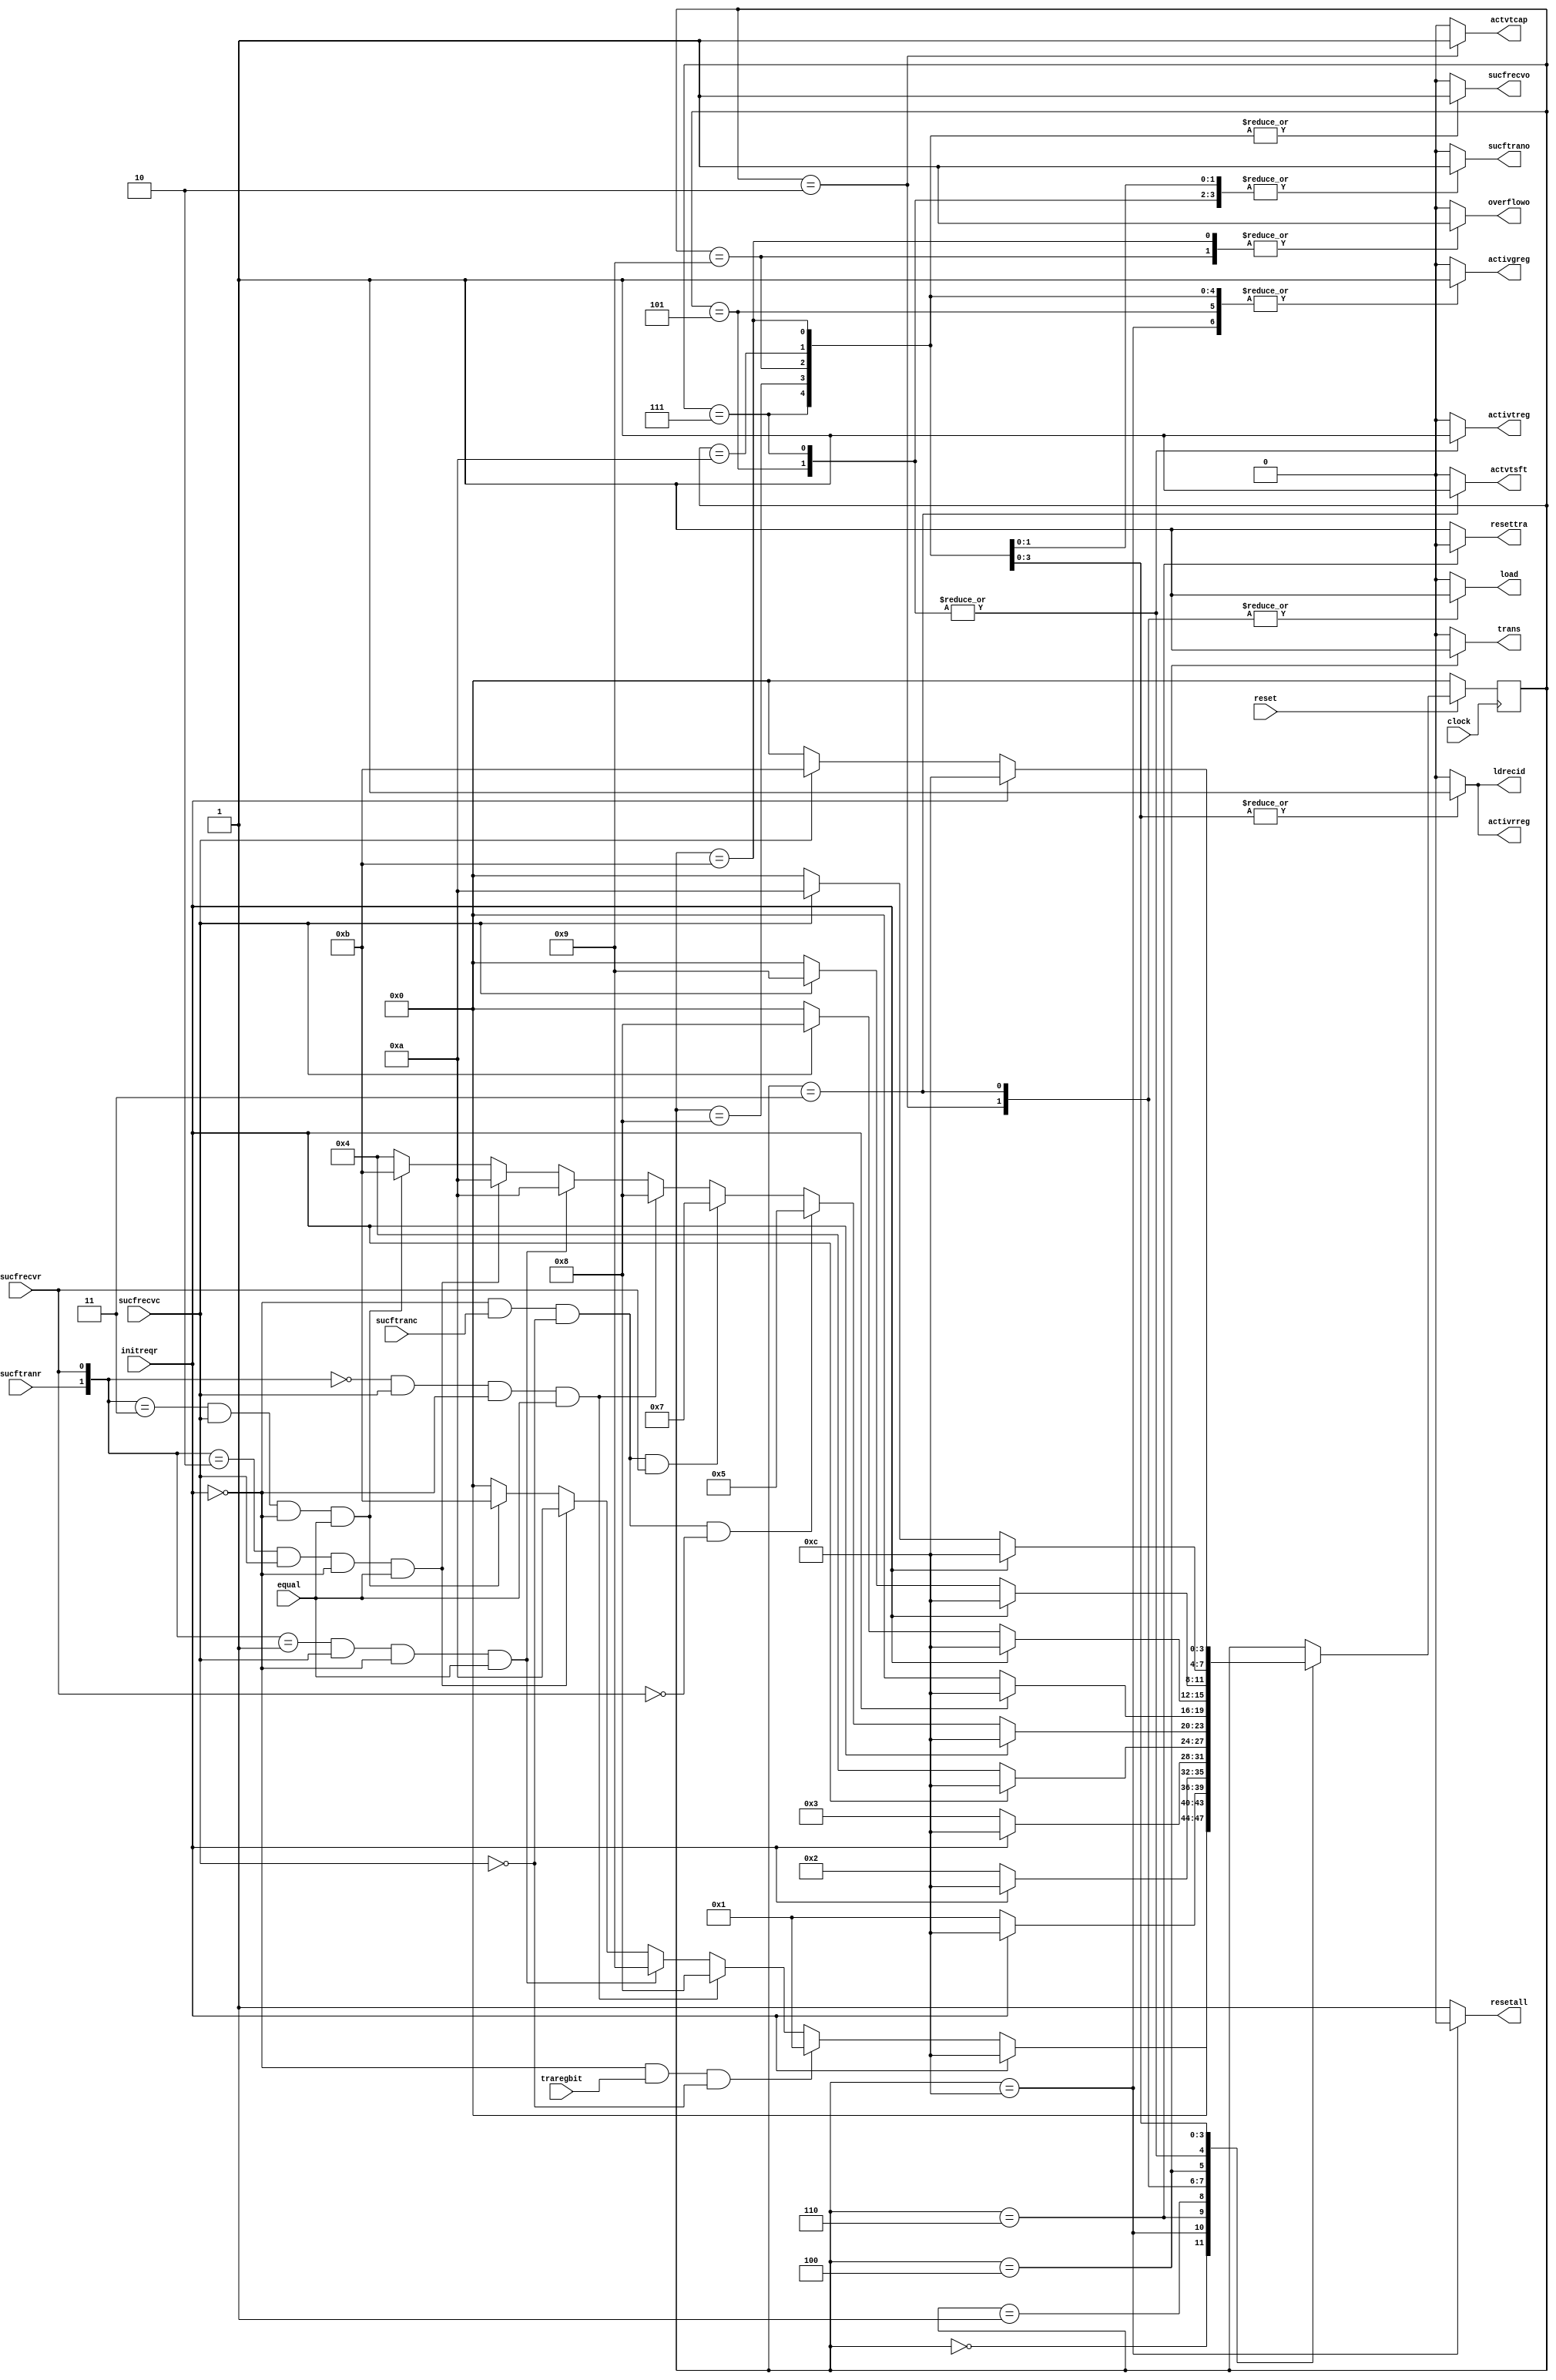
////////////////////////////////////////////////////////////////////////////////////////////////////
//
// Interessengruppe fuer Mikroelektronik und Eingebettete Systeme (IMES)
// Fachhochschule Dortmund
//
// Tool         : Mentor Graphics HDL Designer(TM) 2015.1b (Build 4)
// Description  : LLC- FSM
// Commentary   : neu: Promiscuous Mode: Vergleich skippen und ID ins rarbit Register schreiben. 
//                Der Zustand trareset wird im Originalmodul (VHDL) niemals betreten und daher 
//                auskommentiert.
//
// Changelog:
// -------------------------------------------------------------------------------------------------
// Version | Author             | Date       | Changes
// -------------------------------------------------------------------------------------------------
// 0.9     | Leduc              | 08.04.2019 | created
// -------------------------------------------------------------------------------------------------
// 0.91    | Leduc              | 09.04.2019 | Removed FSM state trareset and adjusted state coding.
//         |                    |            | Removed sucftranr from sensitivity list.
// -------------------------------------------------------------------------------------------------
//
////////////////////////////////////////////////////////////////////////////////////////////////////

//`resetall
//`timescale 1ns/10ps
//`default_nettype none

module llc_fsm2 (
  input wire  clock,
  input wire  reset, 
  input wire  initreqr,    // CPU signalises the reset / initialisation of the CAN Controller
  input wire  traregbit,   // bit indicating data for transmission 
  input wire  sucfrecvc,   // mac unit indicates the succesful reception of a message
  input wire  sucftranc,   // mac unit indicates the succesful transmission of a message
  input wire  sucfrecvr,   // general register bit
  input wire  sucftranr,   // general register bit
  input wire  equal,       // abhngig von extended, empfangene und --gespeicherte id gleich
//input wire  promiscous,  // Promiscous MOde (aus rec-ctrl. reg.)
  output reg  activtreg,   // enables writing to the transmission register
  output wire activrreg,   // enables writing to the reception register
  output reg  activgreg,   // enables writing to the general register
  output wire ldrecid,     // rec_id ins rec_arbitreg laden
  output reg  sucftrano,   // sets the suctran bit in the general register
  output reg  sucfrecvo,   // sets the sucrecv bit in the general register
  output reg  overflowo,   // sets the overflow bit in the reception register
  output reg  trans,       // signalises the wish of the CPU to send a message
  output reg  load,        // enables loading of the shift register
  output reg  actvtsft,    // activates the shift register
  output reg  actvtcap,    // activates the encapsulation entity 
  output reg  resettra,    // resets the transmission entities
  output reg  resetall     // full can reset  
);

//tmrg default triplicate
//tmrg tmr_error false

localparam  waitoact    = 4'b0000, 
            tradrvdat   = 4'b0001, 
            traruncap   = 4'b0010, 
            tralodsft   = 4'b0011, 
            trawtosuc   = 4'b0100, 
            trasetvall  = 4'b0101, 
            trareset    = 4'b0110,  // FSM state removed and coding adjusted
            trasetvalh  = 4'b0111, 
            recwrtmesll = 4'b1000, 
            recwrtmeslh = 4'b1001, 
            recwrtmeshl = 4'b1010, 
            recwrtmeshh = 4'b1011, 
            resetste    = 4'b1100;


//            trasetvalh  = 4'b0110, 
//            recwrtmesll = 4'b0111, 
//            recwrtmeslh = 4'b1000, 
//            recwrtmeshl = 4'b1001, 
//            recwrtmeshh = 4'b1010, 
//            resetste    = 4'b1011;
            
reg  [3:0] CURRENT_STATE, NEXT_STATE;
reg        activrreg_i; 
wire [1:0] sctrrcin;

//triplication signals
wire [3:0] CURRENT_STATEVoted = CURRENT_STATE;

assign sctrrcin   = {sucftranr, sucfrecvr};
assign ldrecid    = activrreg_i;
assign activrreg  = activrreg_i;

// Zustandsregister

always @(posedge clock)
 begin
   if (reset == 1'b0)
    CURRENT_STATE <= waitoact;
   else
    CURRENT_STATE <= NEXT_STATE;
 end
 
 
 // Ausgangs- / Ueberfuehrungsschaltnetz
 
always @(CURRENT_STATEVoted, traregbit, sucfrecvc, sucftranc, sucfrecvr, sctrrcin, initreqr, equal)
 begin   
	activtreg   = 1'b0;
        activrreg_i = 1'b0;
        activgreg   = 1'b0;
        sucftrano   = 1'b0;
        sucfrecvo   = 1'b0;
        trans       = 1'b0;
        load        = 1'b0;
        actvtsft    = 1'b0;
        actvtcap    = 1'b0;
        overflowo   = 1'b0;
        resettra    = 1'b1;
        resetall    = 1'b1;

   case (CURRENT_STATEVoted)
      // Warten auf Aktion (Sendeaufforderung, Empfang)
      waitoact: begin
        activtreg   = 1'b0;
        activrreg_i = 1'b0;
        activgreg   = 1'b0;
        sucftrano   = 1'b0;
        sucfrecvo   = 1'b0;
        trans       = 1'b0;
        load        = 1'b0;
        actvtsft    = 1'b0;
        actvtcap    = 1'b0;
        overflowo   = 1'b0;
        resettra    = 1'b1;
        resetall    = 1'b1; 
        if (initreqr == 1'b1) 
          NEXT_STATE = resetste;
        else if (initreqr == 1'b0 && traregbit == 1'b1 && sucfrecvc == 1'b0)
          NEXT_STATE = tradrvdat;
        else if (sctrrcin == 2'b00 && sucfrecvc == 1'b1 && initreqr == 1'b0 && equal == 1'b1)  // promiscous='1' 
          NEXT_STATE = recwrtmesll;
        else if (sctrrcin == 2'b01 && sucfrecvc == 1'b1 && initreqr == 1'b0 && equal == 1'b1) // promiscous='1' 
          NEXT_STATE = recwrtmeslh;
        else if (sctrrcin == 2'b10 && sucfrecvc == 1'b1 && initreqr == 1'b0 && equal == 1'b1) // promiscous='1' 
          NEXT_STATE = recwrtmeshl;
        else if (sctrrcin == 2'b11 && sucfrecvc == 1'b1 && initreqr == 1'b0 && equal == 1'b1) // promiscous='1' 
          NEXT_STATE = recwrtmeshh;
        else
          NEXT_STATE = waitoact;
      end
      ////////////////////////////
      // Alles zurcksetzen
      resetste: begin
        activtreg   = 1'b0;
        activrreg_i = 1'b0;
        activgreg   = 1'b1;
        sucftrano   = 1'b0;
        sucfrecvo   = 1'b0;
        trans       = 1'b0;
        load        = 1'b0;
        actvtsft    = 1'b0;
        actvtcap    = 1'b0;
        overflowo   = 1'b0;
        //recindico   = 1'b0;
        resettra    = 1'b1;
        resetall    = 1'b0;
        NEXT_STATE  = waitoact;
      end
      ////////////////////////////
      // 1. Schritt Sendeaufforderung, MAC resetten
      trareset: begin
        activtreg   = 1'b0;
        activrreg_i = 1'b0;
        activgreg   = 1'b0;
        sucftrano   = 1'b0;
        sucfrecvo   = 1'b0;
        trans       = 1'b0;
        load        = 1'b0;
        actvtsft    = 1'b0;
        actvtcap    = 1'b0;
        overflowo   = 1'b0;
        resettra    = 1'b0;
        resetall    = 1'b1;
        if (initreqr == 1'b1)
          NEXT_STATE = resetste;
        else
          NEXT_STATE = tradrvdat;
      end
      ////////////////////////////
      // 2. Schritt: Reset weg
      tradrvdat: begin
        activtreg   = 1'b0;
        activrreg_i = 1'b0;
        activgreg   = 1'b0;
        sucftrano   = 1'b0;
        sucfrecvo   = 1'b0;
        trans       = 1'b0;
        load        = 1'b0;
        actvtsft    = 1'b0;
        actvtcap    = 1'b0;
        overflowo   = 1'b0;
        resettra    = 1'b1;
        resetall    = 1'b1;
        if (initreqr == 1'b1)
          NEXT_STATE = resetste;
        else
          NEXT_STATE = traruncap;
      end
      ////////////////////////////
      // 3. Schritt, Register laden und Encapsulation
      traruncap: begin
        activtreg   = 1'b0;
        activrreg_i = 1'b0;
        activgreg   = 1'b0;
        sucftrano   = 1'b0;
        sucfrecvo   = 1'b0;
        trans       = 1'b0;
        load        = 1'b1;
        actvtsft    = 1'b0;
        actvtcap    = 1'b1;
        overflowo   = 1'b0;
        resettra    = 1'b1;
        resetall    = 1'b1;
        if (initreqr == 1'b1)
          NEXT_STATE = resetste;
        else
          NEXT_STATE = tralodsft; 
      end
      ////////////////////////////
      // 4. Schritt, trans setzen, dann gehts los
      tralodsft: begin
        activtreg   = 1'b0;
        activrreg_i = 1'b0;
        activgreg   = 1'b0;
        sucftrano   = 1'b0;
        sucfrecvo   = 1'b0;
        trans       = 1'b0;
        load        = 1'b1;
        actvtsft    = 1'b1;
        actvtcap    = 1'b0;
        overflowo   = 1'b0;
        resettra    = 1'b1;
        resetall    = 1'b1;
        if (initreqr == 1'b1)
          NEXT_STATE = resetste;
        else
          NEXT_STATE = trawtosuc;
      end
      ////////////////////////////
      // warten auf geglckten Versand
      trawtosuc: begin
        activtreg   = 1'b0;
        activrreg_i = 1'b0;
        activgreg   = 1'b0;
        sucftrano   = 1'b0;
        sucfrecvo   = 1'b0;
        trans       = 1'b1;
        load        = 1'b0;
        actvtsft    = 1'b0;
        actvtcap    = 1'b0;
        overflowo   = 1'b0;
        resettra    = 1'b1;
        resetall    = 1'b1;
        if (initreqr == 1'b1)
          NEXT_STATE = resetste;
        else if (initreqr == 1'b0 && sucftranc == 1'b1 && sucfrecvc == 1'b0 && sucfrecvr == 1'b0)
          NEXT_STATE = trasetvall;
        else if (initreqr == 1'b0 && sucftranc == 1'b1 && sucfrecvc == 1'b0 && sucfrecvr == 1'b1)
          NEXT_STATE = trasetvalh;
        else if (sctrrcin == 2'b00 && sucfrecvc == 1'b1 && initreqr == 1'b0 && equal == 1'b1)      // promiscous='1' 
          NEXT_STATE = recwrtmesll;
        else if (sctrrcin == 2'b01 && sucfrecvc == 1'b1 && initreqr == 1'b0 && equal == 1'b1)      // promiscous='1' 
          NEXT_STATE = recwrtmeshl;
        else if (sctrrcin == 2'b10 && sucfrecvc == 1'b1 && initreqr == 1'b0 && equal == 1'b1)      // promiscous='1' 
          NEXT_STATE = recwrtmeshl;
        else if (sctrrcin == 2'b11 && sucfrecvc == 1'b1 && initreqr == 1'b0 && equal == 1'b1)      // promiscous='1'  
          NEXT_STATE = recwrtmeshh;
        else
          NEXT_STATE = trawtosuc;   
      end
      ////////////////////////////
      // Succesful transmit Bit im Genreg setzen
      trasetvall: begin
        activtreg   = 1'b1;
        activrreg_i = 1'b0;
        activgreg   = 1'b1;
        sucftrano   = 1'b1;
        sucfrecvo   = 1'b0;
        trans       = 1'b0;
        load        = 1'b0;
        actvtsft    = 1'b0;
        actvtcap    = 1'b0;
        overflowo   = 1'b0;
        resettra    = 1'b1;
        resetall    = 1'b1;
        if (initreqr == 1'b1)
          NEXT_STATE = resetste;
        else
          NEXT_STATE = waitoact;
      end
      ////////////////////////////
      // Vor dem Versenden noch was empfangen: Succsessfull trans und received im
      // Genreg register setzen
      trasetvalh: begin
        activtreg   = 1'b1;
        activrreg_i = 1'b0;
        activgreg   = 1'b1;
        sucftrano   = 1'b1;
        sucfrecvo   = 1'b1;
        trans       = 1'b0;
        load        = 1'b0;
        actvtsft    = 1'b0;
        actvtcap    = 1'b0;
        overflowo   = 1'b0;
        //recindico   = 1'b0;
        resettra    = 1'b1;
        resetall    = 1'b1;
        if (initreqr == 1'b1)
          NEXT_STATE = resetste;
        else
          NEXT_STATE = waitoact;
      end
      ////////////////////////////
      // Nur empfangen: Sucrec. Bit setzen
      recwrtmesll: begin
        activtreg   = 1'b0;
        activrreg_i = 1'b1;
        activgreg   = 1'b1;
        sucftrano   = 1'b0;
        sucfrecvo   = 1'b1;
        trans       = 1'b0;
        load        = 1'b0;
        actvtsft    = 1'b0;
        actvtcap    = 1'b0;
        resettra    = 1'b1;
        overflowo   = 1'b0;
        resetall    = 1'b1;
        if (initreqr == 1'b1)
          NEXT_STATE = resetste;
        else if (sucfrecvc == 1'b0)
          NEXT_STATE = waitoact;
        else
          NEXT_STATE = recwrtmesll;
      end
      ////////////////////////////
      // Zum 2. Mal empfangen: Sucrec. Bit und Overflow BIt setzen
      recwrtmeslh: begin
        activtreg   = 1'b0;
        activrreg_i = 1'b1;
        activgreg   = 1'b1;
        sucftrano   = 1'b0;
        sucfrecvo   = 1'b1;
        trans       = 1'b0;
        load        = 1'b0;
        actvtsft    = 1'b0;
        actvtcap    = 1'b0;
        resettra    = 1'b1;
        overflowo   = 1'b1;
        resetall    = 1'b1;
        if (initreqr == 1'b1)
          NEXT_STATE = resetste;
        else if (sucfrecvc == 1'b0)
          NEXT_STATE = waitoact;
        else
          NEXT_STATE = recwrtmeslh;
      end
      ////////////////////////////
      // Erfolgreich Empfangen und versendet, Bits setzen
      recwrtmeshl: begin
        activtreg   = 1'b0;
        activrreg_i = 1'b1;
        activgreg   = 1'b1;
        sucftrano   = 1'b1;
        sucfrecvo   = 1'b1;
        trans       = 1'b0;
        load        = 1'b0;
        actvtsft    = 1'b0;
        actvtcap    = 1'b0;
        resettra    = 1'b1;
        overflowo   = 1'b0;
        resetall    = 1'b1;
        if (initreqr == 1'b1)
          NEXT_STATE = resetste;
        else if (sucfrecvc == 1'b0)
          NEXT_STATE = waitoact;
        else
          NEXT_STATE = recwrtmeshl;
      end
      ////////////////////////////
      // Empfangen zum 2. Mal und versendet: overflow, sucsent, sucrecv Bits setzen
      recwrtmeshh: begin
        activtreg   = 1'b0;
        activrreg_i = 1'b1;
        activgreg   = 1'b1;
        sucftrano   = 1'b1;
        sucfrecvo   = 1'b1;
        trans       = 1'b0;
        load        = 1'b0;
        actvtsft    = 1'b0;
        actvtcap    = 1'b0;
        resettra    = 1'b1;
        overflowo   = 1'b1;
        resetall    = 1'b1;
        if (initreqr == 1'b1)
          NEXT_STATE = resetste;
        else if (sucfrecvc == 1'b0)
          NEXT_STATE = waitoact;
        else
          NEXT_STATE = recwrtmeshh;
       end
       default: begin       
        //NEXT_STATE = waitoact; 
        NEXT_STATE = CURRENT_STATEVoted;
      end        
  endcase          
 end 
endmodule